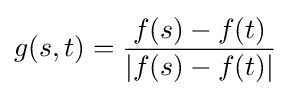
g(s,t)={\frac {f(s)-f(t)}{|f(s)-f(t)|}}